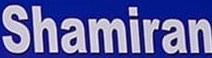
Shamiran